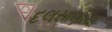
દલસાણીયા